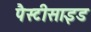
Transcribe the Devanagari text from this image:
पैस्टीसाइड